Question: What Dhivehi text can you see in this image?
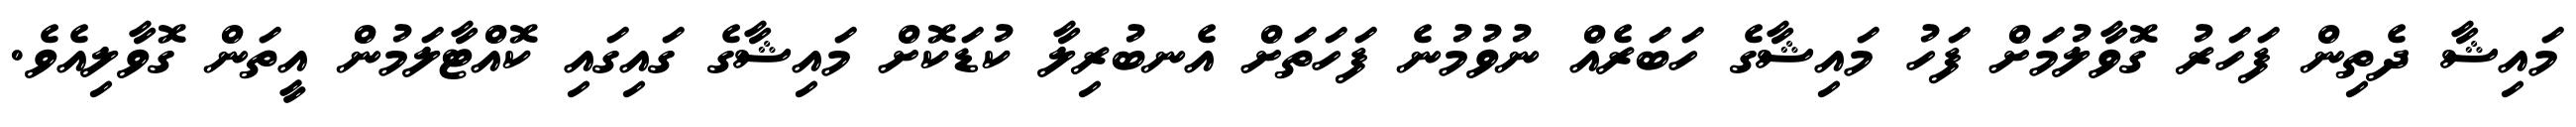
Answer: މައިޝާ ދެތިން ފަހަރު ގޮވާލުމަށް ފަހު މައިޝާގެ ހަބަރެއް ނުވުމުނެ ފަހަތަށް އެނބުރިލާ ކުޑަކޮށް މައިޝާގެ ގައިގައި ކޮއްޓާލަމުން އީތަން ގޮވާލިއެވެ.